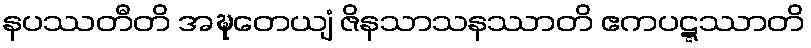
နပဿတီတိ အဍ္ဎတေယျံ ဇိနသာသနဿာတိ ဧကပဋ္ဋဿာတိ